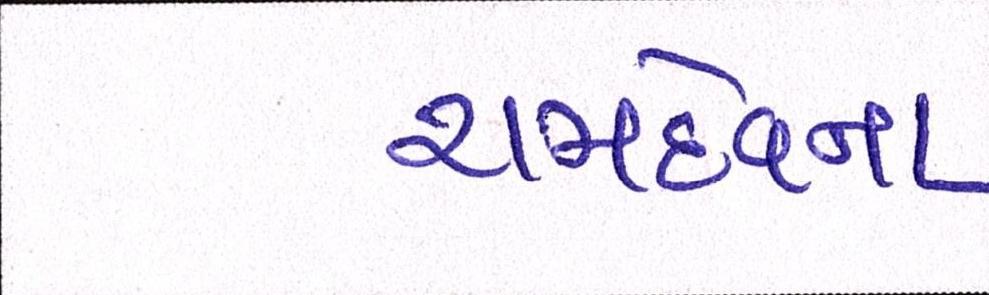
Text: રામદેવના